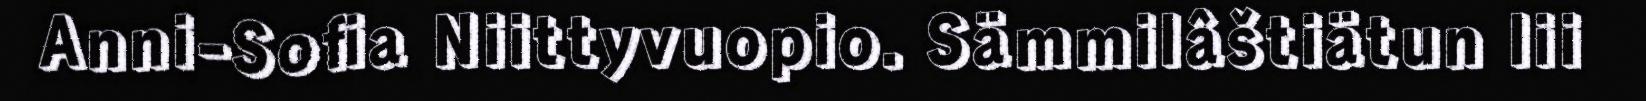
Anni-Sofia Niittyvuopio. Sämmilâštiätun lii